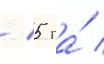
/ 5 га́ /